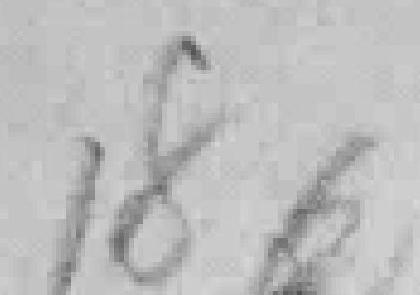
186